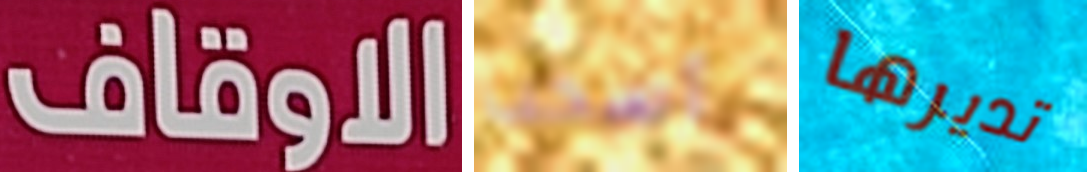
الاوقاف أسحب تديرها